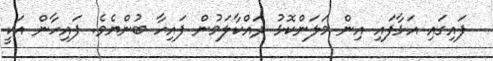
ފައިގައި އަޅާފައި އިން މަލަންކޮޅު ދައްކާލަމުން ފައިހާ ބުންޔެވެ. ފައިހާން އަކީ